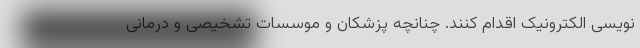
نویسی الکترونیک اقدام کنند. چنانچه پزشکان و موسسات تشخیصی و درمانی